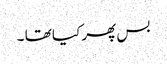
بس پھر کیا تھا ۔